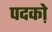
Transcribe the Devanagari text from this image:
पदको़